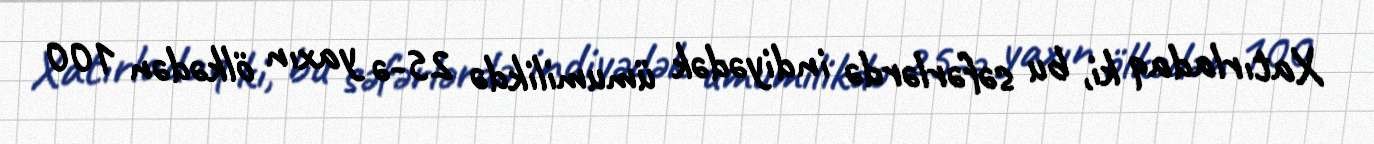
Xatırladaq ki, bu səfərlərdə indiyədək ümumilikdə 25-ə yaxın ölkədən 100